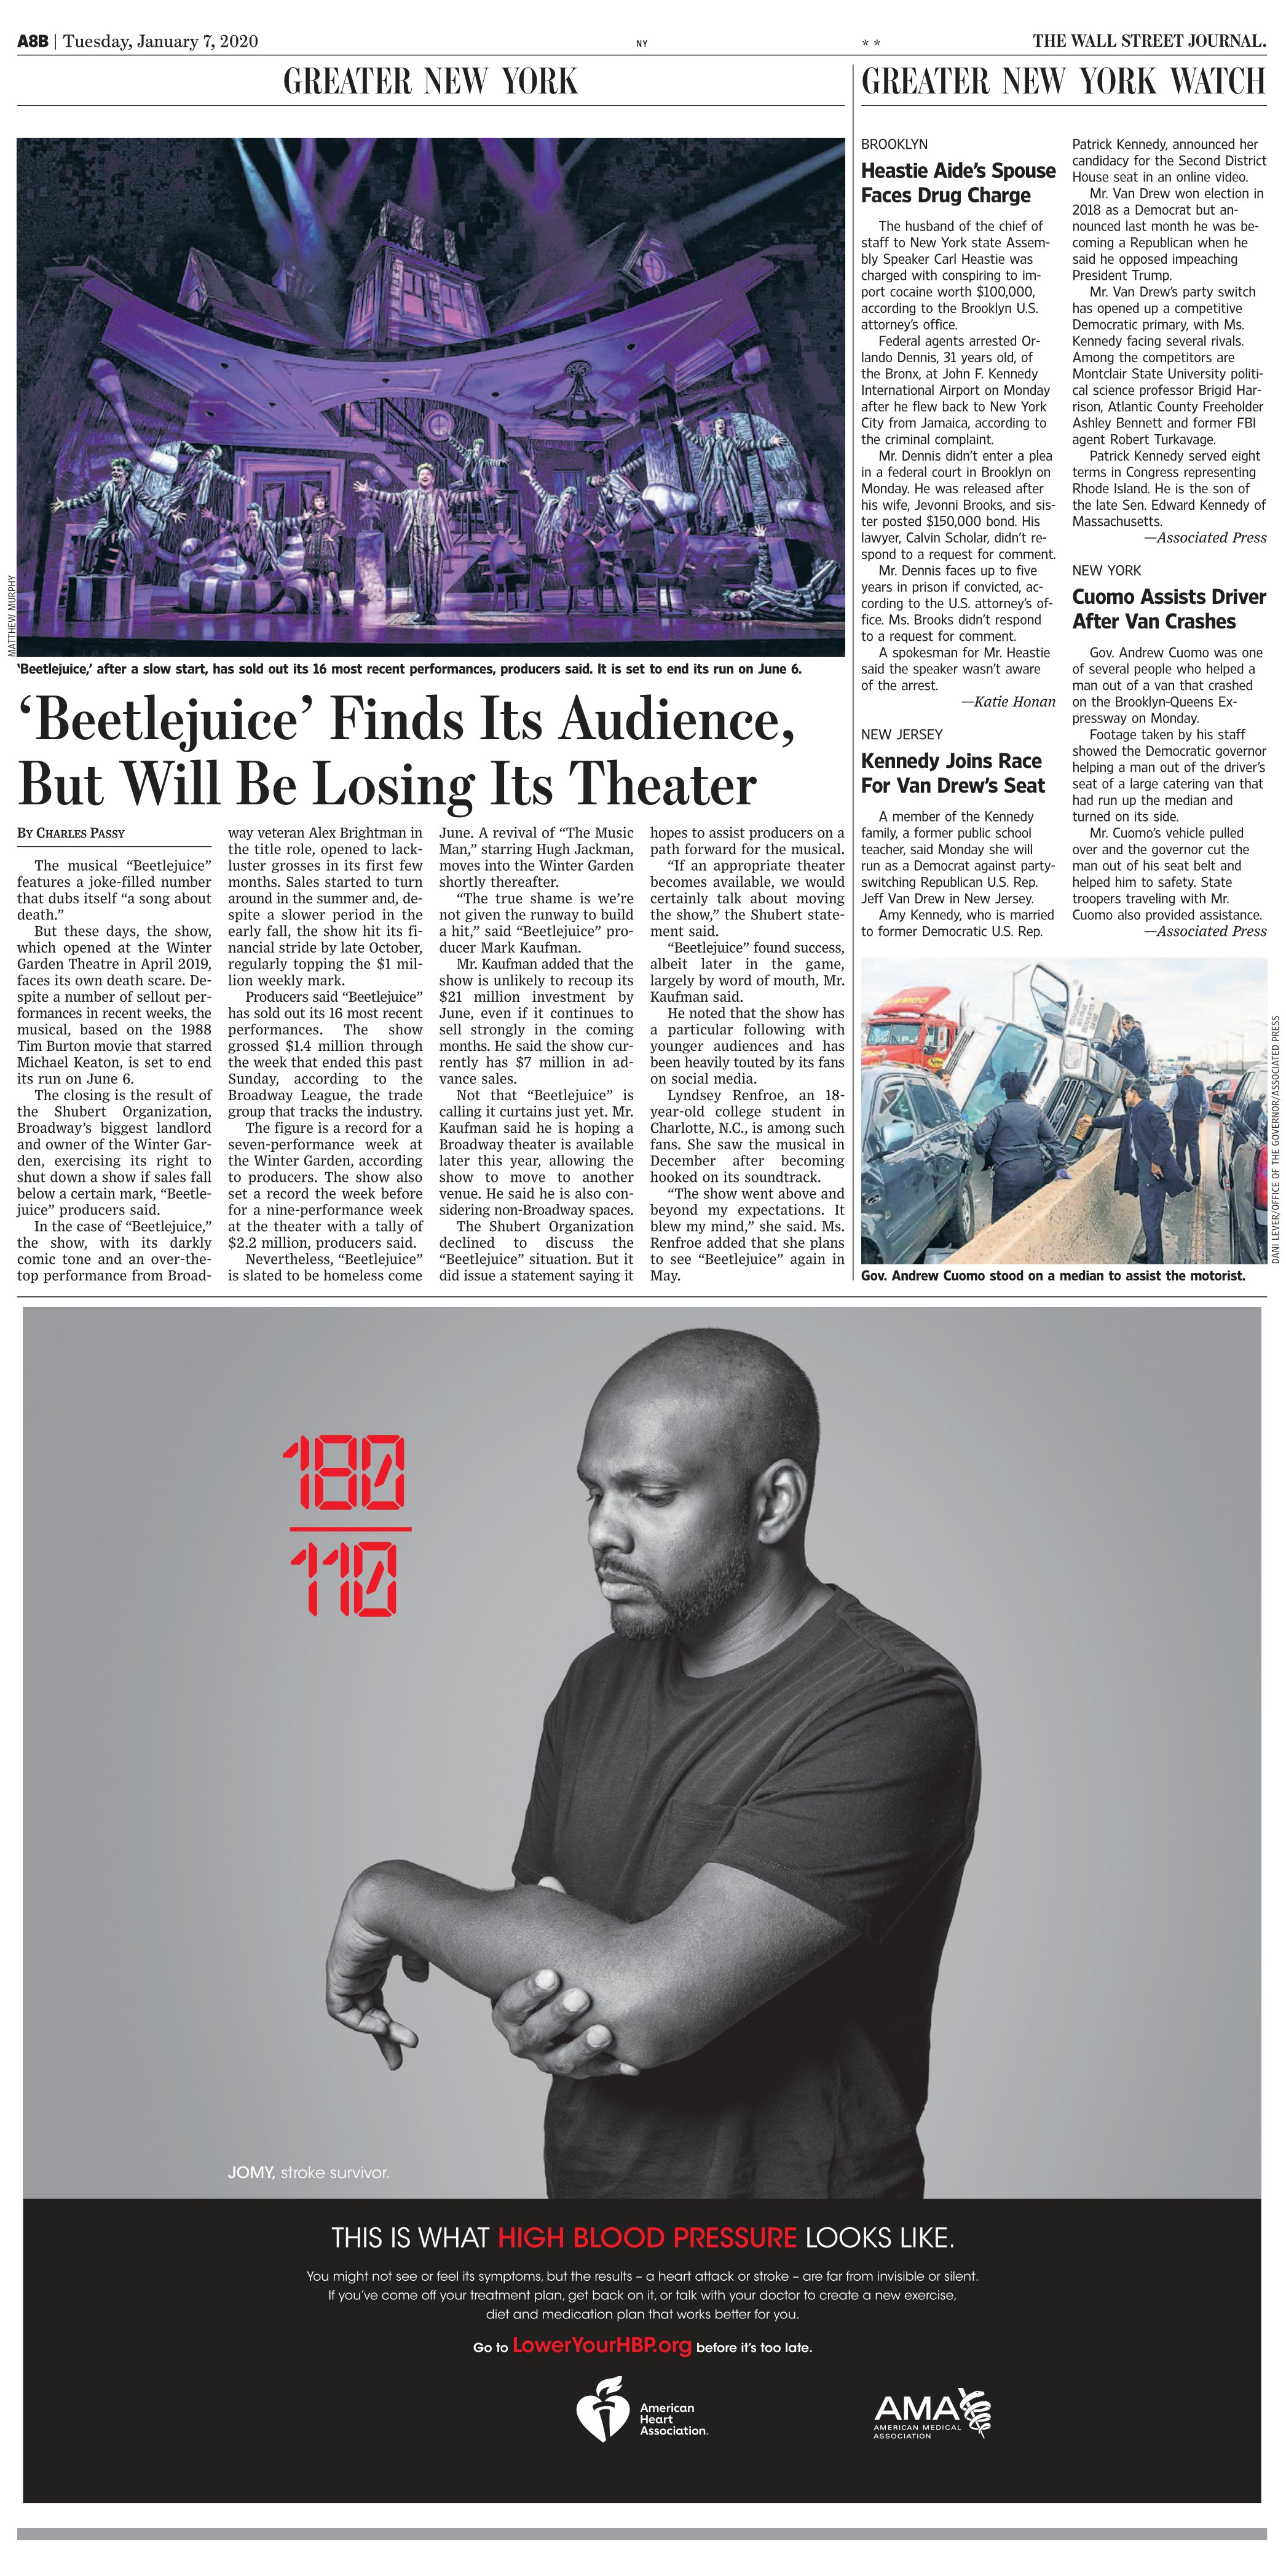
Language: en